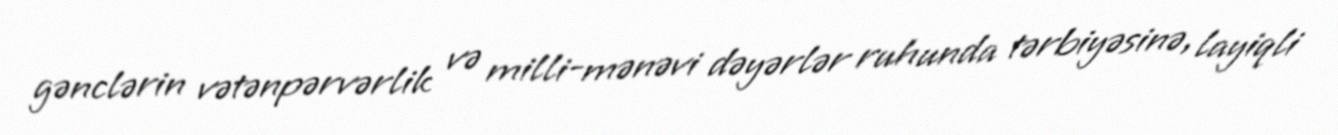
gənclərin vətənpərvərlik və milli-mənəvi dəyərlər ruhunda tərbiyəsinə, layiqli